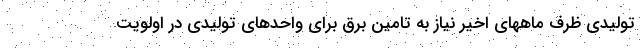
تولیدی ظرف ماههای اخیر نیاز به تامین برق برای واحدهای تولیدی در اولویت